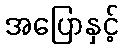
အပြောနှင့်